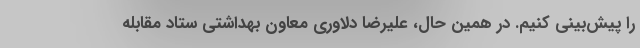
را پیش‌بینی کنیم. در همین حال، علیرضا دلاوری معاون بهداشتی ستاد مقابله